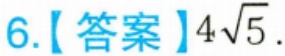
6.【答案】\(4\sqrt{5}\).